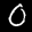
Label: 0